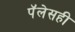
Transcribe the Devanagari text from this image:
पॅलेसही